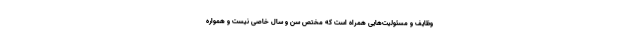
وظایف و مسئولیت‌هایی همراه است که مختص سن و سال خاصی نیست و همواره